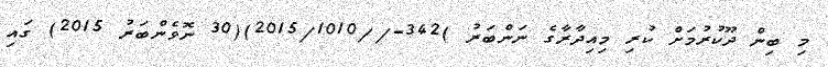
މި ބިން ދޫކުރުމަށް ކުރި މިއިދާރާގެ ނަންބަރު )342-//2015/1010)(30 ނޮވެންބަރު 2015) ގައި